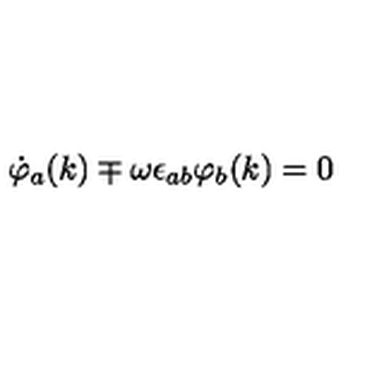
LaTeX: \dot { \varphi } _ { a } ( k ) \mp \omega \epsilon _ { a b } \varphi _ { b } ( k ) = 0